Lunatic asylums Central Provinces reports 1895-1909 - 1895-1909
Year: 1895
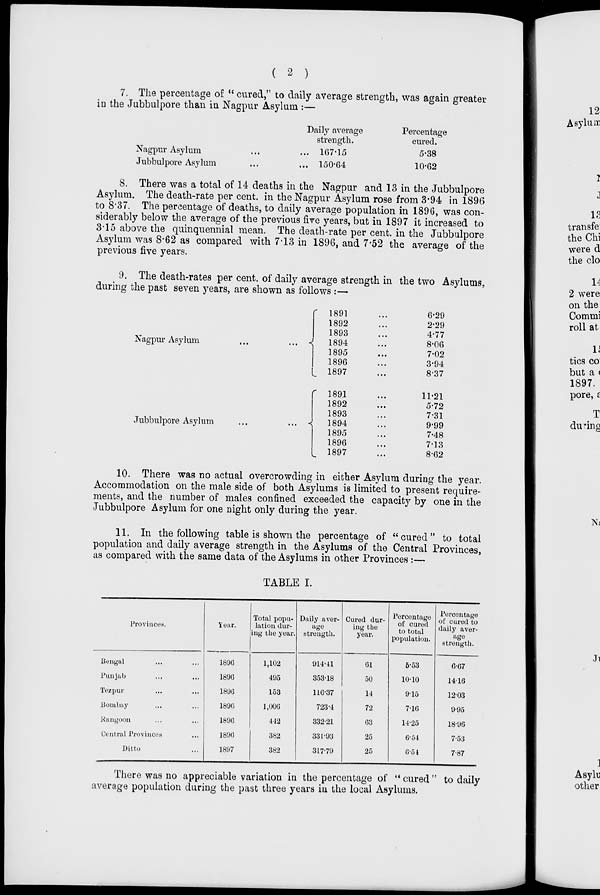
( 2 )
7. The percentage of " cured," to daily average strength, was again greater
in the Jubbulpore than in Nagpur Asylum :—
Nagpur Asylum ... ...
Jubbulpore Asylum ... ...
Daily average
strength.
167.15
150.64
Percentage
cured.
5.38
10.62
8. There was a total of 14 deaths in the Nagpur and 13 in the Jubbulpore
Asylum. The death-rate per cent. in the Nagpur Asylum rose from 3.94 in 1896
to 8.37. The percentage of deaths, to daily average population in 1896, was con-
siderably below the average of the previous five years, but in 1897 it increased to
3.15 above the quinquennial mean. The death-rate per cent. in the Jubbulpore
Asylum was 8.62 as compared with 7.13 in 1896, and 7.52 the average of the
previous five years.
9. The death-rates per cent. of daily average strength in the two Asylums,
during the past seven years, are shown as follows :—
Nagpur Asylum
...
...
Jubbulpore Asylum
...
...
1891 ...
1892 ...
1893 ...
1894 ...
1895 ...
1896 ...
1897 ...
1891 ...
1892 ...
1893 ...
1894 ...
1895 ...
1896 ...
1897 ...
6.29
2.29
4.77
8.06
7.02
3.94
8.37
11.21
5.72
7.31
9.99
7.48
7.13
8.62
10. There was no actual overcrowding in either Asylum during the year.
Accommodation on the male side of both Asylums is limited to present require-
ments, and the number of males confined exceeded the capacity by one in the
Jubbulpore Asylum for one night only during the year.
11. In the following table is shown the percentage of "cured" to total
population and daily average strength in the Asylums of the Central Provinces,
as compared with the same data of the Asylums in other Provinces :—
TABLE I.
Provinces.
Bengal ... ...
Punjab ... ...
Tezpur ... ...
Bombay ... ...
Rangoon ... ...
Central Provinces ...
Ditto ...
Year.
1896
1896
1896
1896
1896
1896
1897
Total popu-
lation dur-
ing the year.
1,102
495
153
1,006
442
382
382
Daily aver-
age
strength.
914.41
353.18
116.37
723.4
332.21
331.93
317.79
Cured dur-
ing the
year.
61
50
14
72
63
25
25
Percentage
of cured
to total
population.
5.53
10.10
9.15
7.16
14.25
6.54
6.54
Percentage
of cured to
daily aver-
age
strength.
6.67
14.16
12.03
9.95
18.96
7.53
7.87
There was no appreciable variation in the percentage of " cured " to daily
average population during the past three years in the local Asylums.